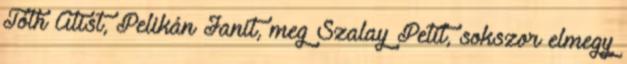
Tóth Atist, Pelikán Janit, meg Szalay Petit, sokszor elmegy